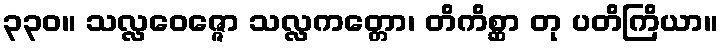
၃၃၀။ သလ္လဝေဇ္ဇော သလ္လကတ္တော၊ တိကိစ္ဆာ တု ပတိကြိယာ။